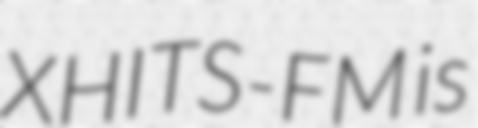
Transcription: XHITS-FM is